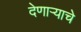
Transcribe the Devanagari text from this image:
देणाऱ्याचे